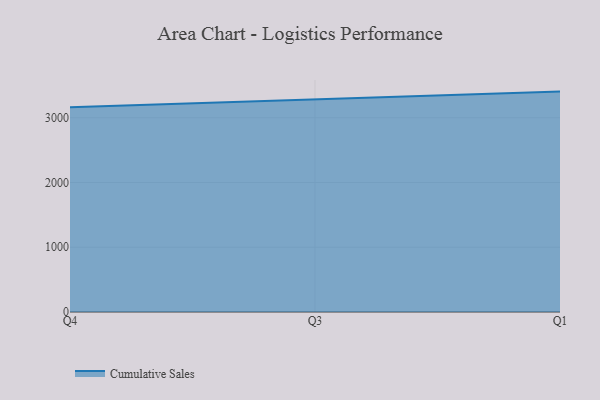
{"axis": {"x": "Quarter", "y": "Tickets Resolved"}, "legend": ["Cumulative Sales"], "data": [{"x": "Q4", "y": 3163.0, "type": "Cumulative Sales"}, {"x": "Q3", "y": 3283.1, "type": "Cumulative Sales"}, {"x": "Q1", "y": 3403.5, "type": "Cumulative Sales"}]}